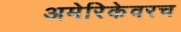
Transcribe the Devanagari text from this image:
अमेरिकेवरच